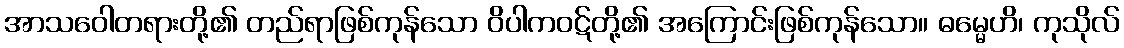
အာသဝေါတရားတို့၏ တည်ရာဖြစ်ကုန်သော ဝိပါကဝဋ်တို့၏ အကြောင်းဖြစ်ကုန်သော။ ဓမ္မေဟိ၊ ကုသိုလ်